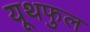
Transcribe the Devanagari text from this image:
यूथफुल